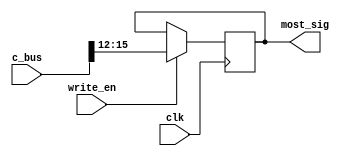
module TR_reg(most_sig,write_en,c_bus,clk);
	output reg [3:0] most_sig; // TO AR[19:16]
	input clk,write_en;
	input [15:0] c_bus;
	always@(posedge clk)
		begin
			if(write_en) most_sig=c_bus[15:12];
		end
endmodule